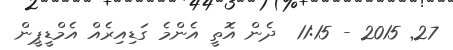
27